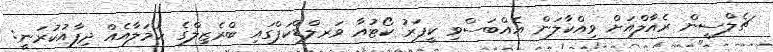
ޗެލްސީން ރެއާލްއަށް ވިއްކާލަން އެއްބަސްވި ކީޕަރު ކޯޓުއާ ވަރލްޑްކަޕްގައި ބްރެޒިލްގެ ހަމަލާއެއް ދިފާއުކުރަނީ: